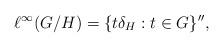
LaTeX: \begin{align*}\ell^\infty(G/H) = \{t\delta_H : t\in G\}'',\end{align*}